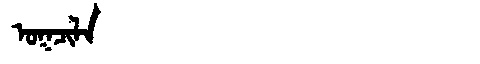
Manchu: ᠣᡴᠴᡳᠯᠠ
Romanization: OKCILA